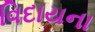
વિદાયના